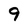
Character: 9